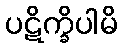
ပဋိက္ခိပါမိ